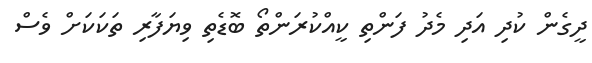
ދީގެން ކުދި އަދި މެދު ފަންތި ކީއްކުރަންތޯ ބޮޑެތި ވިޔަފާރި ތަކަކަށް ވެސް